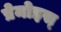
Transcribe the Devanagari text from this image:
प्रेमोइस्